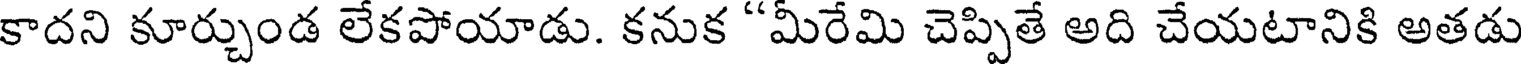
కాదని కూర్చుండ లేకపోయాడు. కనుక "మీరేమి చెప్పితే అది చేయటానికి అతడు